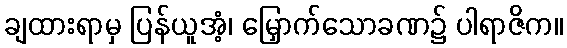
ချထားရာမှ ပြန်ယူအံ့၊ မြှောက်သောခဏ၌ ပါရာဇိက။